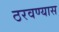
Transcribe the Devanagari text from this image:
ठरवण्यास